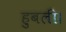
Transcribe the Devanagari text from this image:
हुबली।